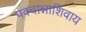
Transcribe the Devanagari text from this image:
पक्वान्नाशिवाय